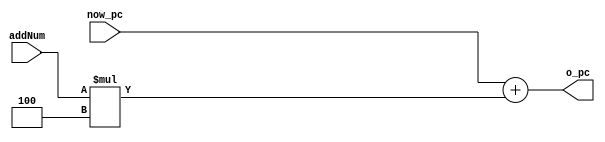
module pcAddImm(now_pc, addNum, o_pc);
  input [31:0] now_pc, addNum;
  output [31:0] o_pc;
  assign o_pc = now_pc + (addNum * 4); //
endmodule